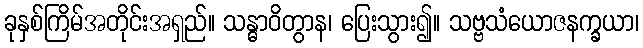
ခုနှစ်ကြိမ်အတိုင်းအရှည်။ သန္ဓာဝိတွာန၊ ပြေးသွား၍။ သဗ္ဗသံယောဇနက္ခယာ၊